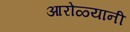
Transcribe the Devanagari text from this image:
आरोळ्यानी